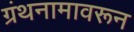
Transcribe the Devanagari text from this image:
ग्रंथनामावरून